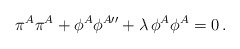
\begin{align*}\pi^A\pi^A+\phi^A\phi^{A\prime\prime}+\lambda\,\phi^A\phi^A=0\,.\end{align*}